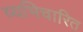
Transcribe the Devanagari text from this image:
व्यभिचारित